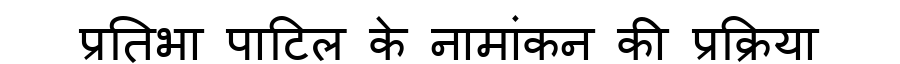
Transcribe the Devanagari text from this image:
प्रतिभा पाटिल के नामांकन की प्रक्रिया